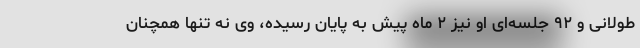
طولانی و ۹۲ جلسه‌ای او نیز ۲ ماه پیش به پایان رسیده، وی نه تنها همچنان